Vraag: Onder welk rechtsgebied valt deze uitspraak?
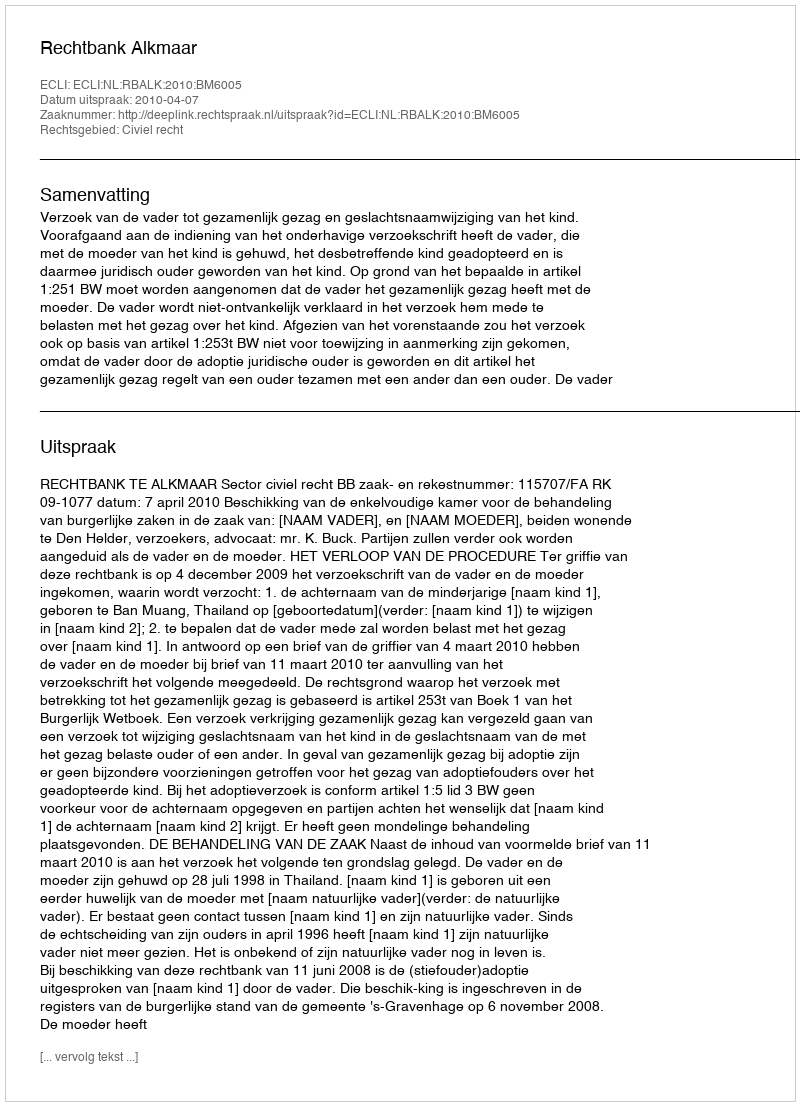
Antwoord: Civiel recht